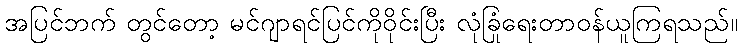
အပြင်ဘက် တွင်တော့ မင်ဂျာရင်ပြင်ကိုဝိုင်းပြီး လုံခြုံရေးတာဝန်ယူကြရသည်။